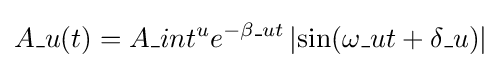
A\_u(t)=A\_{int}^{u}e^{-\beta \_ut}\left|\sin(\omega \_ut+\delta \_u)\right|